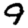
Digit: 9